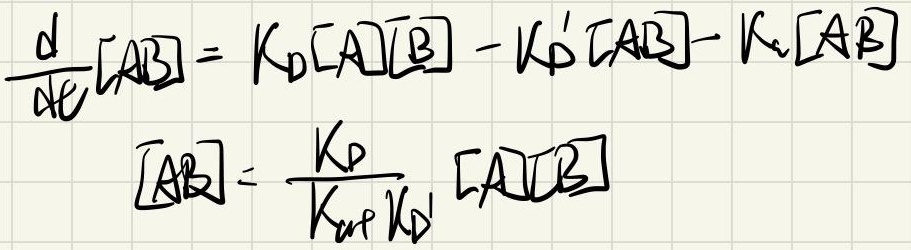
\[
\frac{d}{dt}[AB] = k_d[A][B] - k_d'[AB] - k_e[AB]
\]
\[
[AB] = \frac{k_d}{k_{eff}k_d'} [A][B]
\]